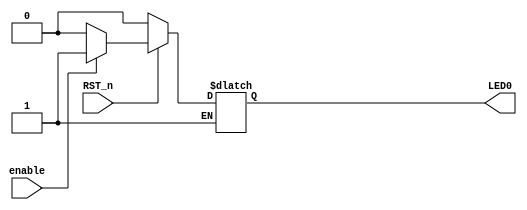
/*********************************************
*led.v
*LED1s
* quartus ii 64bit
*CLK -- 12
        RST_n -- 44
        LED0 -- 21
*********************************************/

module led(
        enable,RST_n,
        LED0
);


input enable;
input RST_n;
output LED0;
reg LED0;
//************************************
//50M0.5
//0.5*50*1000_000 = 25_000_000
//parameter half_sec = 25'd25_000_000;
//************************************

//************************************
//reg [24:0]count;

always @(enable or RST_n) begin
	if(!RST_n) begin
		LED0 <= 1'b0;
	end else if (enable) begin
		LED0 <= 1'b1;
	end else if (!enable) begin
		LED0 <= 1'b0;
	end	
end


endmodule